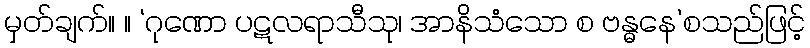
မှတ်ချက်။ ။ ‘ဂုဏော ပဋလရာသီသု၊ အာနိသံသော စ ဗန္ဓနေ’စသည်ဖြင့်